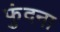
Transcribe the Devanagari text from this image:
फुंदना